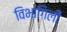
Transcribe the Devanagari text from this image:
विभागिली